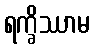
ရက္ခိဿာမ